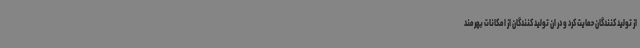
از تولید کنندگان حمایت کرد و در ان تولید کنندگان از امکانات بهرمند